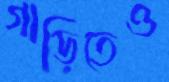
গাড়িতেও